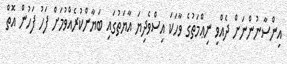
އިންސާނުންނަށް ދެއްވި ނިޢްމަތުގެ ވާހަކަ އިސްވެދިޔަ އާޔަތުގައި ބަޔާންކުރެއްވުމަށް ފަހު ފަހުން އޮތް